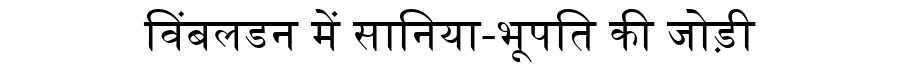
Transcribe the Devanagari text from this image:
विंबलडन में सानिया-भूपति की जोड़ी